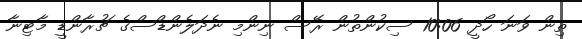
ތިން ވަނަ ހޯދީ 10:06 ސިކުންތުން ރޭސް ނިންމި ނެދަލެންޑްސްގެ ޗުރާންޑީ މާޓިނާ